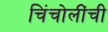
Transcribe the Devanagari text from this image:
चिंचोलींची